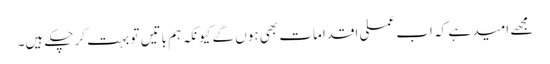
مجھے امید ہے کہ اب عملی اقدامات بھی ہوں گے کیونکہ ہم باتیں تو بہت کرچکے ہیں۔